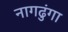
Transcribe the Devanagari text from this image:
नागढुंगा